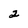
Character: 2